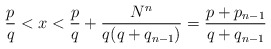
\begin{align*} \frac{p}{q}< x < \frac{p}{q} + \frac{N^n}{q(q+q_{n-1})} = \frac{p+p_{n-1}}{q+q_{n-1}}\end{align*}